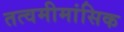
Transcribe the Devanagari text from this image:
तत्वमीमांसिक